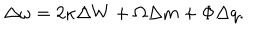
LaTeX: \Delta \omega = 2 \kappa \Delta W + \Omega \Delta m + \Phi \Delta q .